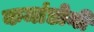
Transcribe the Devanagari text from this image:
कमांडोनी